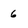
Character: 6